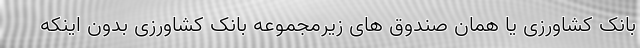
بانک کشاورزی یا همان صندوق‌ های زیرمجموعه بانک کشاورزی بدون اینکه